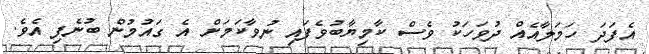
އެފަދަ ހަމަލާއެއް ދުވަހަކު ވެސް ކާމިޔާބުވެފައި ނުވާކަމަށް އެ ގައުމުން ބުނެފި އެވެ.